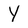
Character: Y